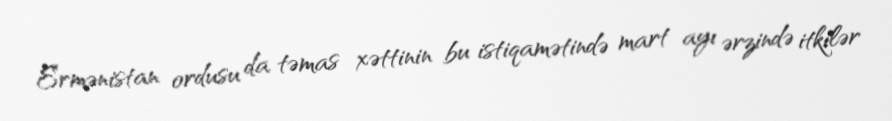
Ermənistan ordusu da təmas xəttinin bu istiqamətində mart ayı ərzində itkilər